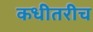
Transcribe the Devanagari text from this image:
कधीतरीच